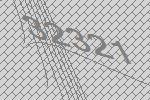
32321